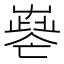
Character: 𡴧